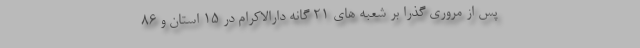
پس از مروری گذرا بر شعبه های 21 گانه دارالاکرام در 15 استان و 86